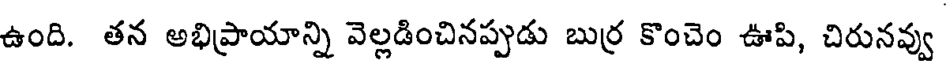
ఉంది. తన అభిప్రాయాన్ని వెల్లడించినప్పుడు బుర్ర కొంచెం ఊపి, చిరునవ్వు